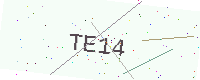
Text: TE14